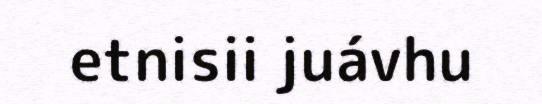
etnisii juávhu